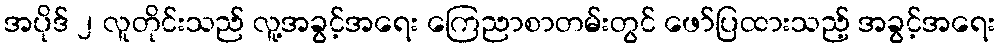
အပိုဒ် ၂ လူတိုင်းသည် လူ့အခွင့်အရေး ကြေညာစာတမ်းတွင် ဖော်ပြထားသည့် အခွင့်အရေး